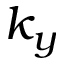
k _ { y }